Calcutta medical institutions reports 1892-1900
Year: 1892
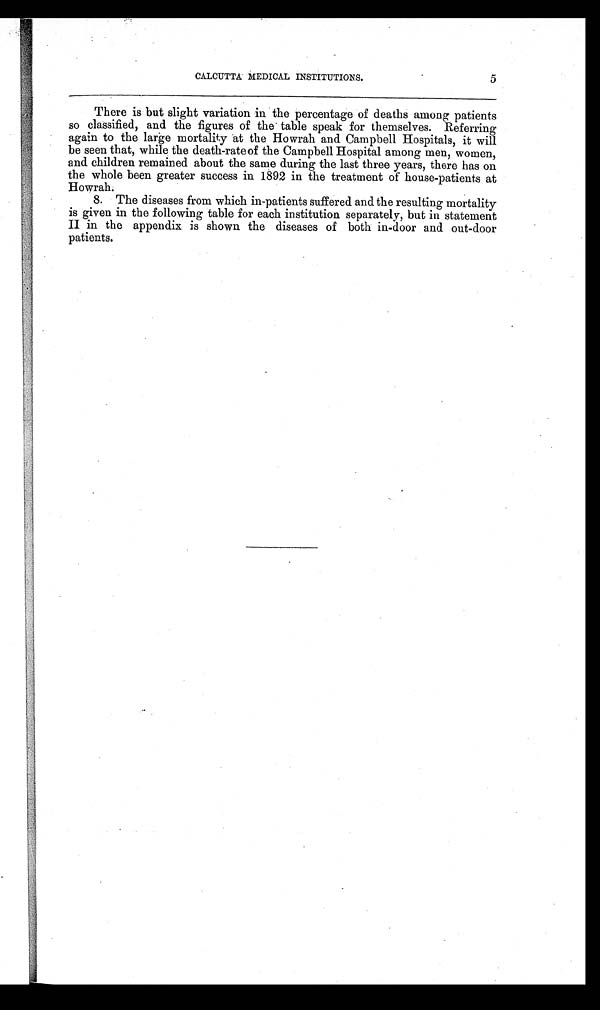
5
CALCUTTA MEDICAL INSTITUTIONS.
There is but slight variation in the percentage of deaths among patients
so classified, and the figures of the table speak for themselves. Referring
again to the large mortality at the Howrah and Campbell Hospitals, it will
be seen that, while the death-rate of the Campbell Hospital among men, women,
and children remained about the same during the last three years, there has on
the whole been greater success in 1892 in the treatment of house-patients at
Howrah.
8. The diseases from which in-patients suffered and the resulting mortality
is given in the following table for each institution separately, but in statement
II in the appendix is shown the diseases of both in-door and out-door
patients.